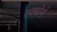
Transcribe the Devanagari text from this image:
एक्बोर्न